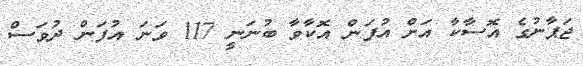
ޖަޕާނުގެ އޮސާކާ އަށް އުފަން އޮކާވާ ބުނަނީ 117 ވަނަ އުފަން ދުވަސް